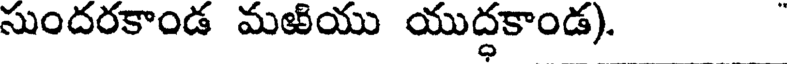
సుందరకాండ మఱియు యుద్ధకాండ).